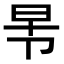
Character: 𭅸